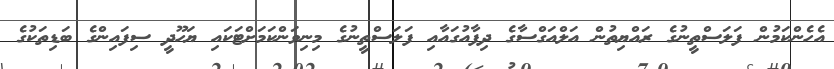
އެހެންކަމުން ފަލަސްތީނުގެ ރައްޔިތުން އަލްއަގްސާގެ ދިފާއުގައާއި ފަލަސްތީނުގެ މިނިވަންކަމަށްޓަކައި ޔަހޫދީ ސިފައިންގެ ބަޑިތަކުގެ